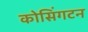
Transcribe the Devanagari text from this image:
कोसिंगटन